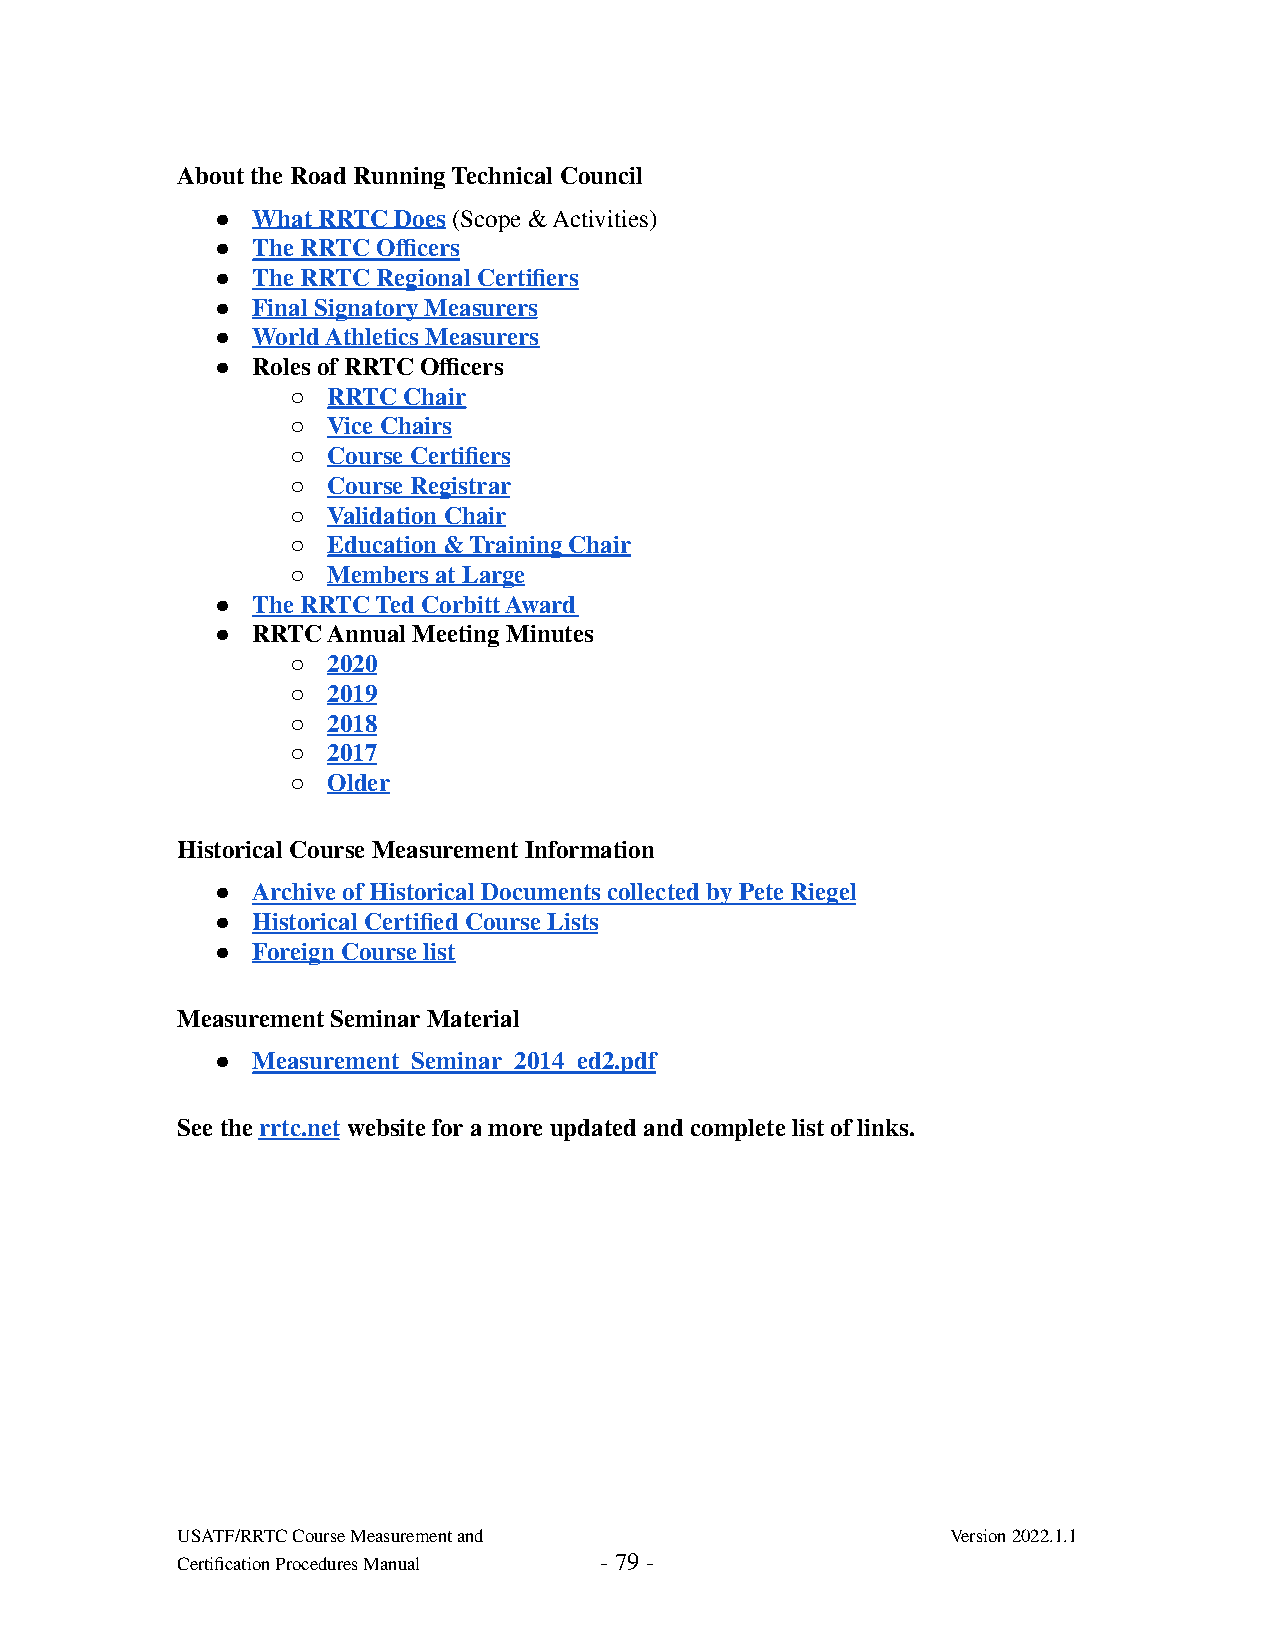
About the Road Running Technical Council
 ●  What RRTC Does (Scope & Activities)
 ●  The RRTC Officers
 ●  The RRTC Regional Certifiers
 ●  Final Signatory Measurers
 ●  World Athletics Measurers
 ●  Roles of RRTC Officers
 ○  RRTC Chair
 ○  Vice Chairs
 ○  Course Certifiers
 ○  Course Registrar
 ○  Validation Chair
 ○  Education & Training Chair
 ○  Members at Large
 ●  The RRTC Ted Corbitt Award
 ●  RRTC Annual Meeting Minutes
 ○  2020
 ○  2019
 ○  2018
 ○  2017
 ○  Older
 Historical Course Measurement Information
 ●  Archive of Historical Documents collected by Pete Riegel
 ●  Historical Certified Course Lists
 ●  Foreign Course list
 Measurement Seminar Material
 ●  Measurement_Seminar_2014_ed2.pdf
 See the rrtc.net website for a more updated and complete list of links.
 USATF/RRTC Course Measurement and                  Version 2022.1.1
 Certification Procedures Manual - 79 -